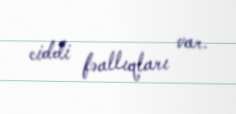
ciddi fəallıqları var.